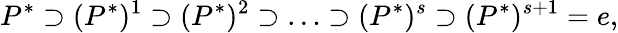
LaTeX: P^{*}\supset(P^{*})^{1}\supset(P^{*})^{2}\supset\ldots\supset(P^{*})^{s}\supset(P^{*})^{s+1}=e,